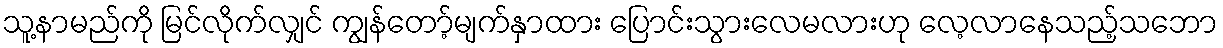
သူ့နာမည်ကို မြင်လိုက်လျှင် ကျွန်တော့်မျက်နှာထား ပြောင်းသွားလေမလားဟု လေ့လာနေသည့်သဘော